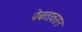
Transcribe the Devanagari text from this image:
पेबतावसन